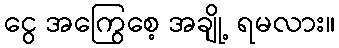
ငွေ အကြွေစေ့ အချို့ ရမလား။